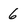
Character: 6